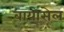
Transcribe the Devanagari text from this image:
बायोसेल